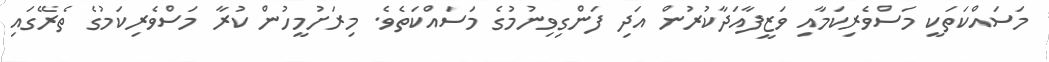
މަސައްކަތަކީ މަސްވެރިކަމާއި ވަޒީފާއަދާކުރުން އަދި ފަންގިވިނުމުގެ މަސައްކަތެވެ. މިރަށުމީހުން ކުރާ މަސްވެރިކަމުގެ ތެރޭގައި